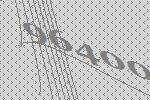
96400